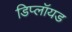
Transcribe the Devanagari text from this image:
डिप्लॉयड